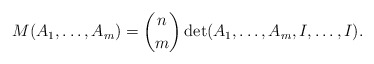
\begin{align*}M(A_1,\dots,A_m)=\binom{n }{m }\det(A_1,\dots,A_m, I,\dots, I).\end{align*}